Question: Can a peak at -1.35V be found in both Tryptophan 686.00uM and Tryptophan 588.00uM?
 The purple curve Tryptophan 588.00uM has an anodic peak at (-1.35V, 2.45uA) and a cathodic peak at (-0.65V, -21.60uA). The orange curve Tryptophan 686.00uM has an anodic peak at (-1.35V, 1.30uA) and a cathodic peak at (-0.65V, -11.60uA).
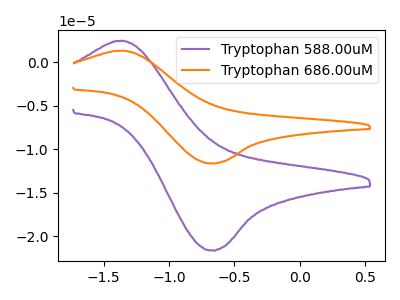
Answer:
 <answer>Yes, "Tryptophan 686.00uM" and "Tryptophan 588.00uM" share a peak at -1.35V.</answer>
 <eval>match</eval>